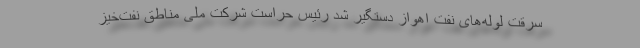
سرقت لوله‌های نفت اهواز دستگیر شد رئیس حراست شرکت ملی مناطق نفت‌خیز